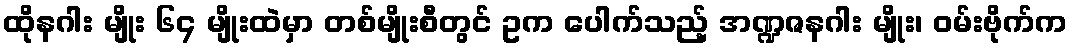
ထိုနဂါး မျိုး ၆၄ မျိုးထဲမှာ တစ်မျိုးစီတွင် ဥက ပေါက်သည့် အဏ္ဍဇနဂါး မျိုး၊ ဝမ်းဗိုက်က